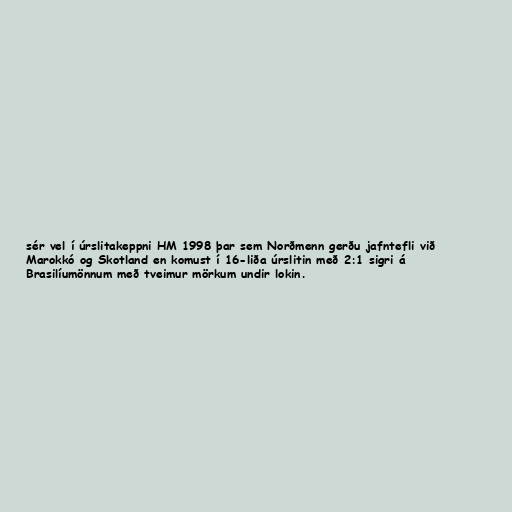
sér vel í úrslitakeppni HM 1998 þar sem Norðmenn gerðu jafntefli við
Marokkó og Skotland en komust í 16-liða úrslitin með 2:1 sigri á
Brasilíumönnum með tveimur mörkum undir lokin.